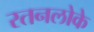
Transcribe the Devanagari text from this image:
रतनलोके